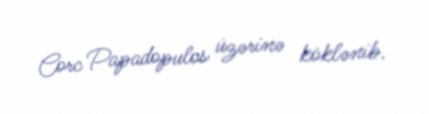
Corc Papadopulos üzərinə köklənib.